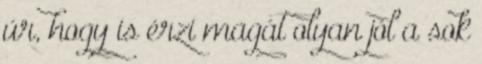
úr, hogy is érzi magát olyan jól a sok